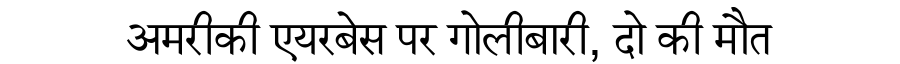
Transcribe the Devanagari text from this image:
अमरीकी एयरबेस पर गोलीबारी, दो की मौत